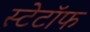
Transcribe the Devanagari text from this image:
स्टेटॉफ